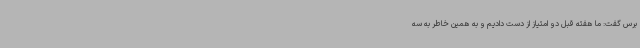
برس گفت: ما هفته قبل دو امتیاز از دست دادیم و به همین خاطر به سه